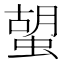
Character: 𧍵